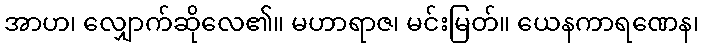
အာဟ၊ လျှောက်ဆိုလေ၏။ မဟာရာဇ၊ မင်းမြတ်။ ယေနကာရဏေန၊